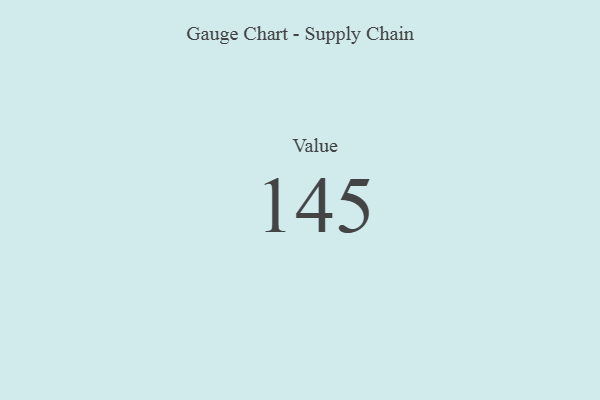
{"axis": {"x": "Metric", "y": "Value"}, "legend": [""], "data": [{"x": "Value", "y": 145, "type": ""}]}